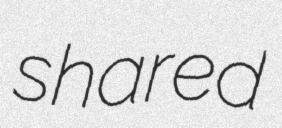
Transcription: shared